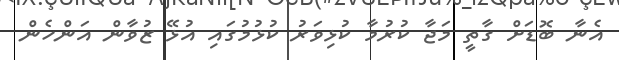
އެނާ ބޮޑަށް ގާތީ މަޖާ ކުރުމާ ކުޅިވަރު ކުޅުމުގައި އުޅޭ ޒުވާން އަންހެން